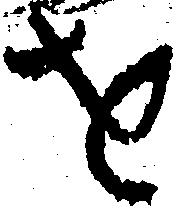
を